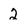
Character: 2